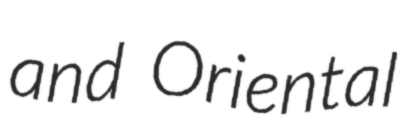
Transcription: and Oriental